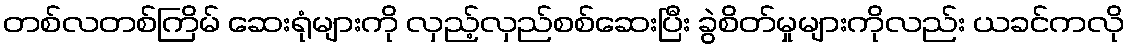
တစ်လတစ်ကြိမ် ဆေးရုံများကို လှည့်လှည်စစ်ဆေးပြီး ခွဲစိတ်မှုများကိုလည်း ယခင်ကလို